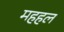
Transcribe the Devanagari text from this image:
महहल